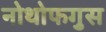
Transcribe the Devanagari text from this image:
नोथोफगुस